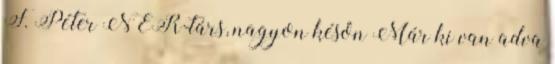
F. Péter NER-társ, nagyon későn Már ki van adva